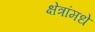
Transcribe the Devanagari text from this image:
क्षेत्रांमधे